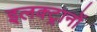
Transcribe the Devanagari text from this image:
इलक्ट्रानों